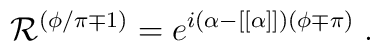
{\cal R}^{(\phi/\pi \mp 1)}=e^{i(\alpha- [[\alpha]])(\phi\mp \pi)}\; .